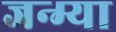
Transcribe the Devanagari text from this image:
जन्म्या